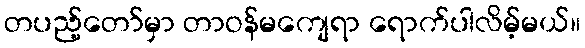
တပည့်တော်မှာ တာဝန်မကျေရာ ရောက်ပါလိမ့်မယ်။